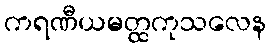
ကရဏီယမတ္ထကုသလေန